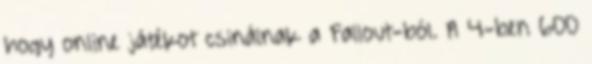
hogy online játékot csinálnak a Fallout-ból. A 4-ben 600